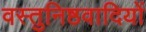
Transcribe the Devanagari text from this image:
वस्तुनिष्ठवादियों